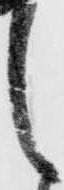
之